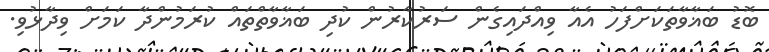
ބޮޑު ބަޣާވާތަކަށްފަހު އެއާ ވިއްދައިގެން ސަރުކާރުން ކުދި ބަޣާވާތްތައް ކުރަމުންދާ ކަމަށް ވިދާޅުވި.